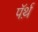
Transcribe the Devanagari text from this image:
पॅर्थ़